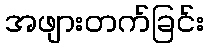
အဖျားတက်ခြင်း